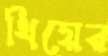
থিয়ের